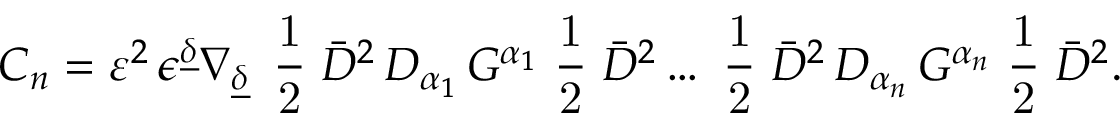
C _ { n } = { \cal { \varepsilon } } ^ { 2 } \, \epsilon ^ { \underline { { { \delta } } } } \nabla _ { \underline { { { \delta } } } } \, { \mathrm { \small { ~ \frac 1 2 ~ } } } \bar { \cal D } ^ { 2 } \, { \cal D } _ { \alpha _ { 1 } } \, { \cal G } ^ { \alpha _ { 1 } } { \mathrm { \small { ~ \frac 1 2 ~ } } } \bar { \cal D } ^ { 2 } \ldots { \mathrm { \small { ~ \frac 1 2 ~ } } } \bar { \cal D } ^ { 2 } \, { \cal D } _ { \alpha _ { n } } \, { \cal G } ^ { \alpha _ { n } } { \mathrm { \small { ~ \frac 1 2 ~ } } } \bar { \cal D } ^ { 2 } .